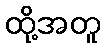
ထို့အတူ